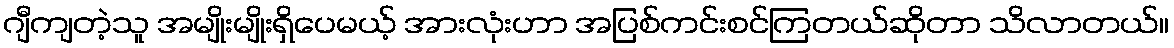
ဂျီကျတဲ့သူ အမျိုးမျိုးရှိပေမယ့် အားလုံးဟာ အပြစ်ကင်းစင်ကြတယ်ဆိုတာ သိလာတယ်။